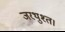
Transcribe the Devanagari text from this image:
जरथुश्त।